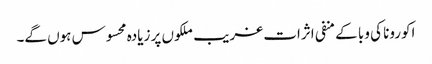
اکورونا کی وبا کے منفی اثرات غریب ملکوں پر زیادہ محسوس ہوں گے۔